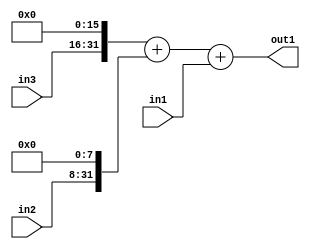
`timescale 1ps / 1ps
/*****************************************************************************
    Verilog RTL Description
    
    
    Created by: Stratus DpOpt 21.05.01 
*******************************************************************************/

module SobelFilter_Add3s32Cati0s24CatiLLs16_1 (
	in3,
	in2,
	in1,
	out1
	); /* architecture "behavioural" */ 
input [15:0] in3;
input [23:0] in2;
input [31:0] in1;
output [31:0] out1;
wire [31:0] asc001,
	asc002,
	asc003;

assign asc002 = {in3,16'B0000000000000000};

assign asc003 = {in2,8'B00000000};

wire [31:0] asc001_tmp_0;
assign asc001_tmp_0 = 
	+(asc002)
	+(asc003);
assign asc001 = asc001_tmp_0
	+(in1);

assign out1 = asc001;
endmodule

/* CADENCE  v7byQgs= : u9/ySxbfrwZIxEzHVQQV8Q== ** DO NOT EDIT THIS LINE ******/